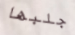
جلبها